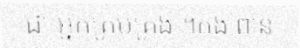
ជា អ្នកគ្រប់គ្រង ។កង ពាន់